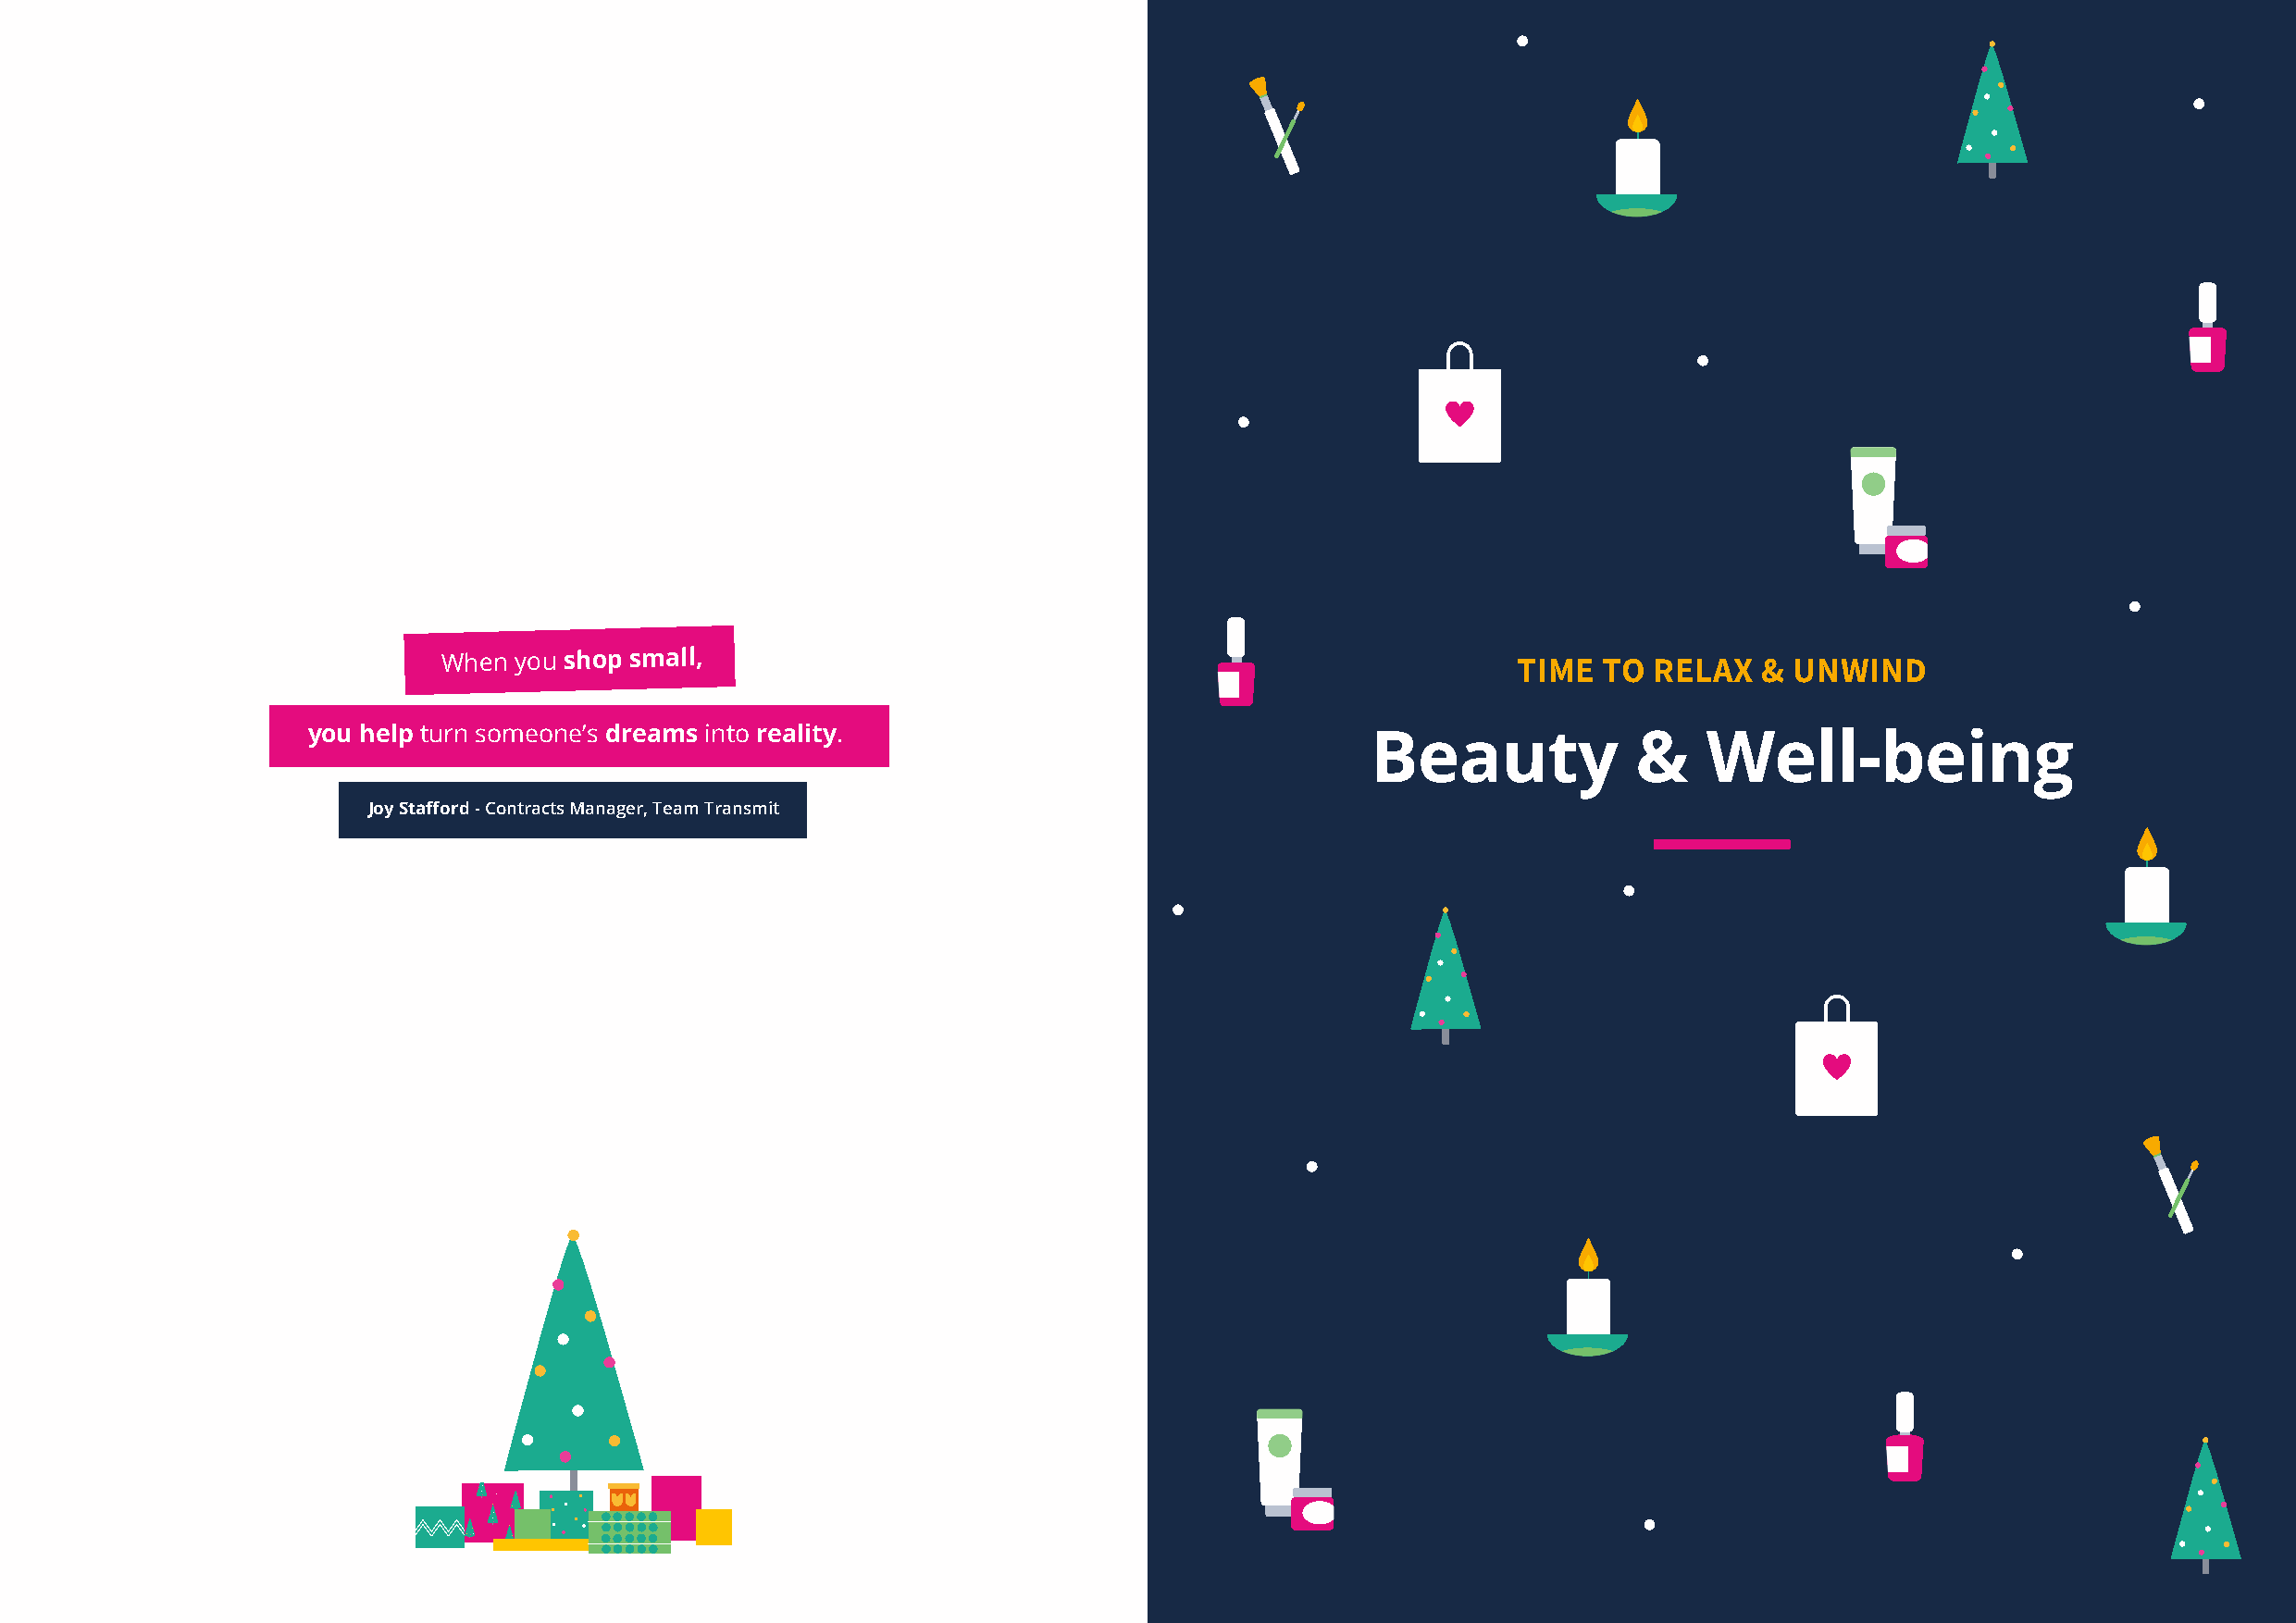
When you shop small,                                                        TIME   TO RELAX   & UNWIND
 you help turn someone’s dreams into reality.
 Beauty             &    Well-being
 Joy Stafford - Contracts Manager, Team Transmit